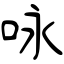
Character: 咏